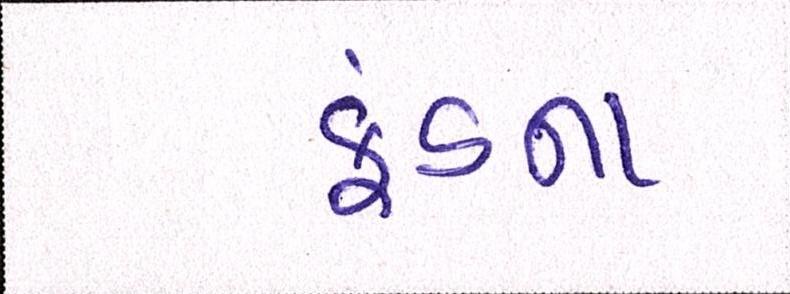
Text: ફંડના